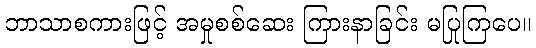
ဘာသာစကားဖြင့် အမှုစစ်ဆေး ကြားနာခြင်း မပြုကြပေ။